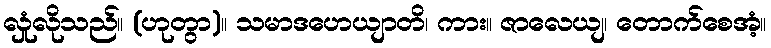
လှုံလိုသည်။ (ဟုတွာ)။ သမာဒဟေယျာတိ၊ ကား။ ဇာလေယျ၊ တောက်စေအံ့။